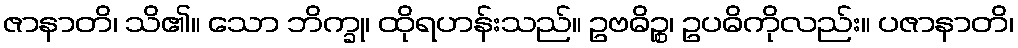
ဇာနာတိ၊ သိ၏။ သော ဘိက္ခု၊ ထိုရဟန်းသည်။ ဥဗဓိဉ္စ၊ ဥပဓိကိုလည်း။ ပဇာနာတိ၊